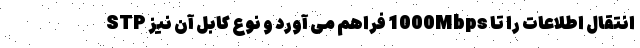
انتقال اطلاعات را تا 1000Mbps فراهم می آورد و نوع کابل آن نیز STP